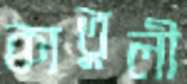
কাতুলী